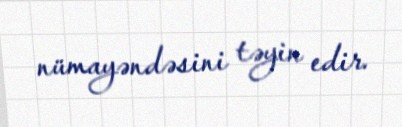
nümayəndəsini təyin edir.